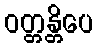
ဝတ္တန္တိပေ